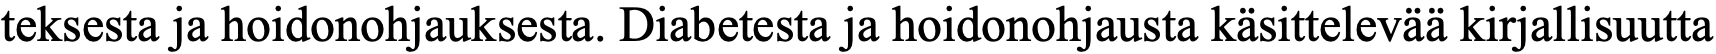
teksesta ja hoidonohjauksesta. Diabetesta ja hoidonohjausta käsittelevää kirjallisuutta